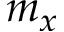
m _ { x }